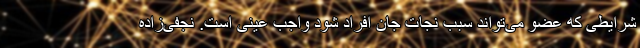
شرایطی که عضو می‌تواند سبب نجات جان افراد شود واجب عینی است. نجفی‌زاده